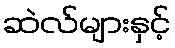
ဆဲလ်များနှင့်